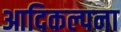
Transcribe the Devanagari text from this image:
आदिकल्पना